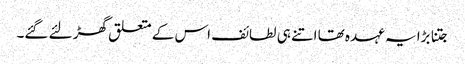
جتنا بڑا یہ عہدہ تھا اتنے ہی لطائف اس کے متعلق گھڑ لئے گئے۔